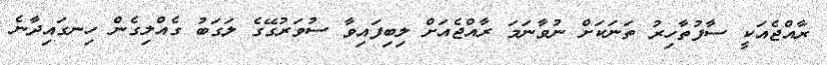
ރާއްޖެއަކީ ސާފުތާހިރު ތަނަކަށް ނުވާނަމަ ރާއްޖެއަށް ލިބިފައިވާ ސުވަރުގޭގެ ލަގަބު ގެއްލިގެން ހިނގައިދާނެ